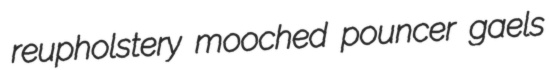
reupholstery mooched pouncer gaels